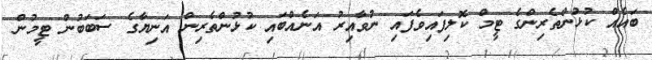
ބައެއް ކުޅުންތެރިންގެ ޓީމް ކޮލިފައިވެފައި ނުވާއިރު އަނެއްބައި ކުޅުންތެރިން އަނިޔާގެ ސަބަބުން ޓީމުން